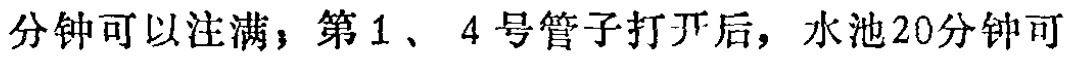
分钟可以注满；第1、4号管子打开后，水池20分钟可